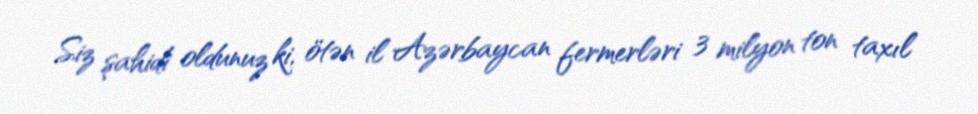
Siz şahidi oldunuz ki, ötən il Azərbaycan fermerləri 3 milyon ton taxıl